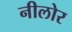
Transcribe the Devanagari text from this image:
नीलोर